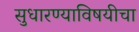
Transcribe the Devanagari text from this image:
सुधारण्याविषयीचा